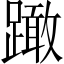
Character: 𨅺